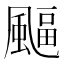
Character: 𩘆